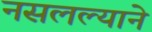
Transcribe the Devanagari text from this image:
नसलल्याने